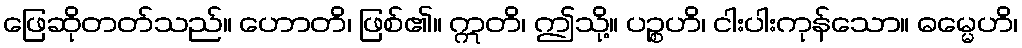
ဖြေဆိုတတ်သည်။ ဟောတိ၊ ဖြစ်၏။ ဣတိ၊ ဤသို့။ ပဉ္စဟိ၊ ငါးပါးကုန်သော။ ဓမ္မေဟိ၊